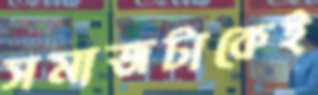
সমাজটাকেই